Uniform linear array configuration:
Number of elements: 12
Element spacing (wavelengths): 0.5
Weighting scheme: exponential
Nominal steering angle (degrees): -15
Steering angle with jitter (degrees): -14.815
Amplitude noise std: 0.05
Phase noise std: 0.05

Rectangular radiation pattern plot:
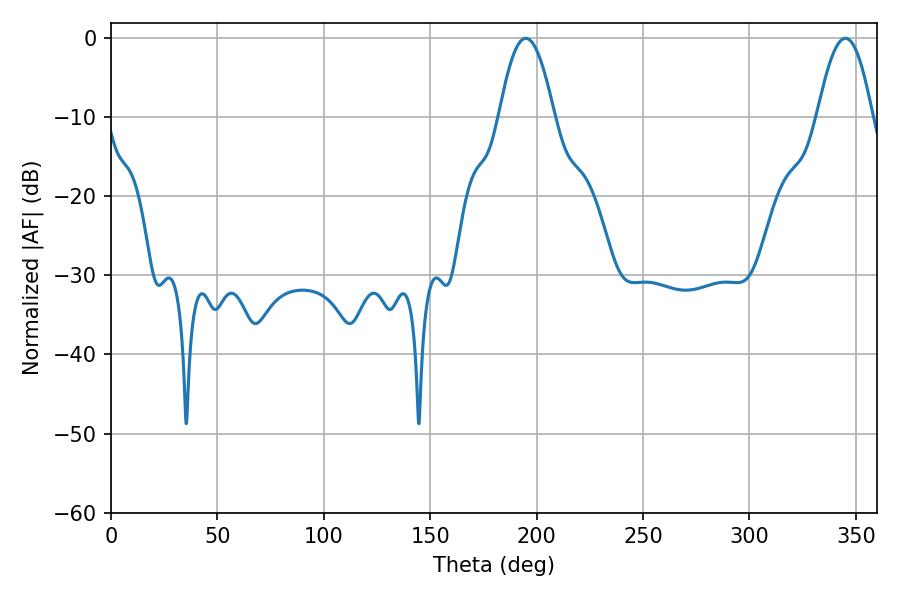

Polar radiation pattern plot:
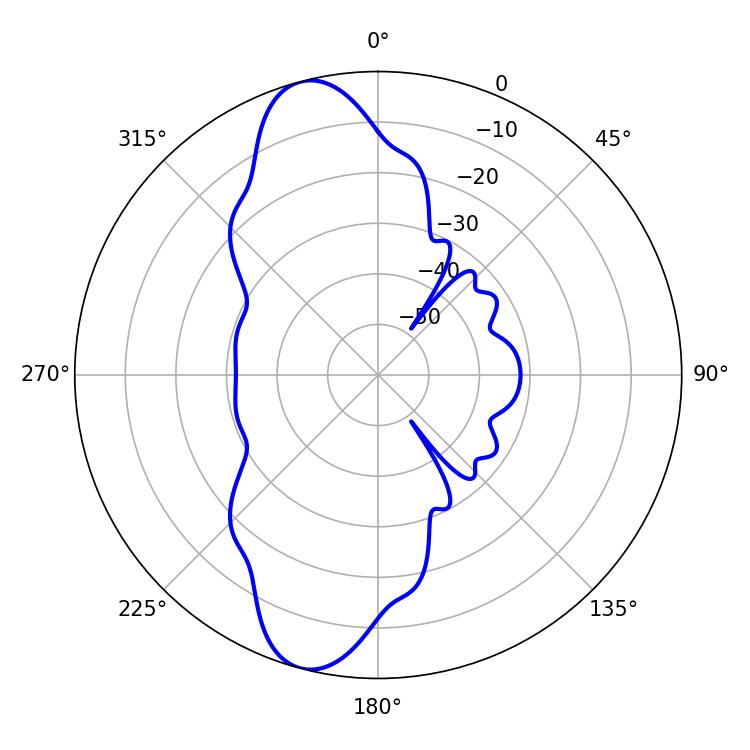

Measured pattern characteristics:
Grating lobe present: FALSE
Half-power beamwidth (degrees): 14.22
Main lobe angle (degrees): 194.94